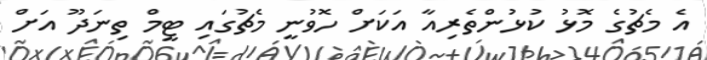
އެ މެޗުގެ މޮޅު ކުޅުންތެރިއާ އަކަށް ހޮވުނީ މެޗުގައި ޓީމް ތިނަދޫ އަށް